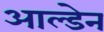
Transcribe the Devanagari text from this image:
आल्डेन